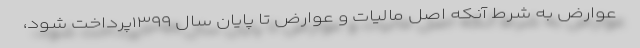
عوارض به شرط آنکه اصل مالیات و عوارض تا پایان سال ۱۳۹۹پرداخت شود،